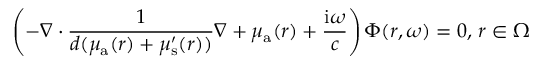
\left( - \nabla \cdot \frac { 1 } { { d } ( \mu _ { { \mathrm a } } ( r ) + \mu _ { \mathrm { s } } ^ { \prime } ( r ) ) } \nabla + \mu _ { { \mathrm a } } ( r ) + \frac { \mathrm { i } \omega } { c } \right) \Phi ( r , \omega ) = 0 , \, r \in \Omega